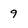
Character: 9